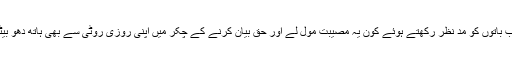
ان سب باتوں کو مدِ نظر رکھتے ہوئے کون یہ مصیبت مول لے اور حق بیان کرنے کے چکر میں اپنی روزی روٹی سے بھی ہاتھ دھو بیٹھے؟